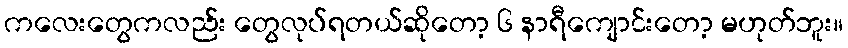
ကလေးတွေကလည်း တွေလုပ်ရတယ်ဆိုတော့ ၆ နာရီကျောင်းတော့ မဟုတ်ဘူး။